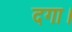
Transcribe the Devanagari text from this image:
दगा।